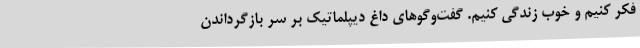
فکر کنیم و خوب زندگی کنیم. گفت‌وگوهای داغ دیپلماتیک بر سر بازگرداندن